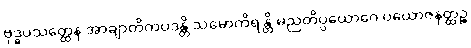
ဗုဒ္ဓပသတ္ထေန အာချာတိကပဒန္တိ သမောကိရန္တိ မညတိပ္ပယောဂေ ပယောဇနတ္ထဉ္စ